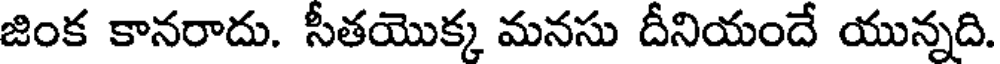
జింక కానరాదు. సీతయొక్క మనసు దీనియందే యున్నది.